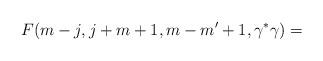
LaTeX: \begin{align*}F(m-j,j+m+1,m-m'+1,\gamma ^{*}\gamma )=\end{align*}